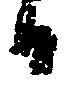
日